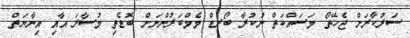
ސަރުކާރަށް ޖެހޭތޯ މަސައްކަތް ނުކުރާ ބޯރޑް މެމްބަރުންނަށް ބޮޑެތި މުސާރަ އާއި އިނާޔަތް